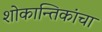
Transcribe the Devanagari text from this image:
शोकान्तिकांचा